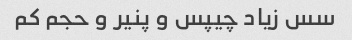
سس زیاد چیپس و پنیر و حجم کم